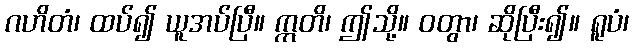
ဂဟိတံ၊ ထပ်၍ ယူအပ်ပြီ။ ဣတိ၊ ဤသို့။ ဝတွာ၊ ဆိုပြီး၍။ ရူပံ၊